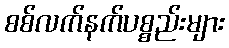
စစ်လက်နက်ပစ္စည်းများ